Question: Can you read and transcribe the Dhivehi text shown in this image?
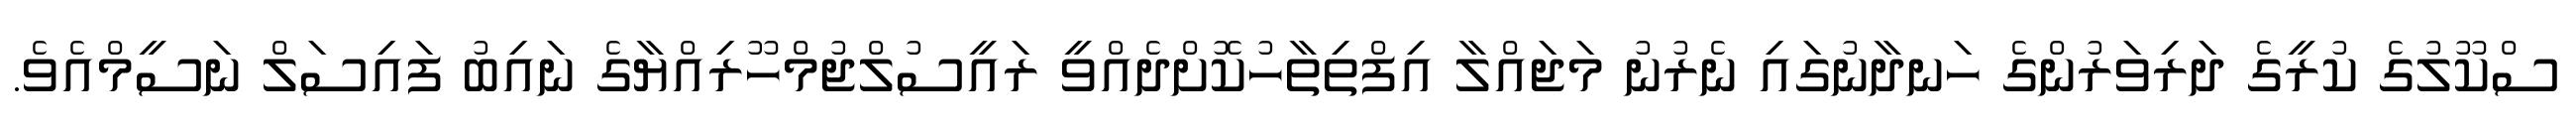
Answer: ސްކޫލުގެ ކުރީގެ ދަރިވަރުންގެ ހަނދާނުގައި ނެރުނު މަޖައްލާ އިފްތިތާހުކޮށްދެއްވީ ރައީސުލްޖުމްހޫރިއްޔާގެ ނައިބު ފައިސަލް ނަސީމްއެވެ.